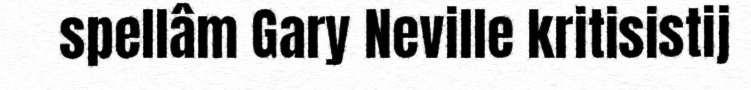
spellâm Gary Neville kritisistij